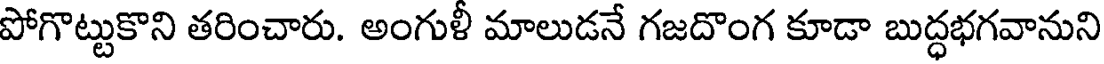
పోగొట్టుకొని తరించారు. అంగుళీ మాలుడనే గజదొంగ కూడా బుద్ధభగవానుని